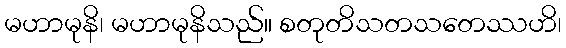
မဟာမုနိ၊ မဟာမုနိသည်။ စတုတိသတသတေဿဟိ၊